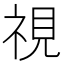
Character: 視